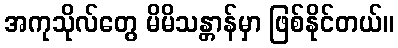
အကုသိုလ်တွေ မိမိသန္တာန်မှာ ဖြစ်နိုင်တယ်။